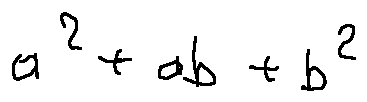
a ^ { 2 } + a b + b ^ { 2 }